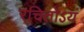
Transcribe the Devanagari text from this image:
रचितोऽयं